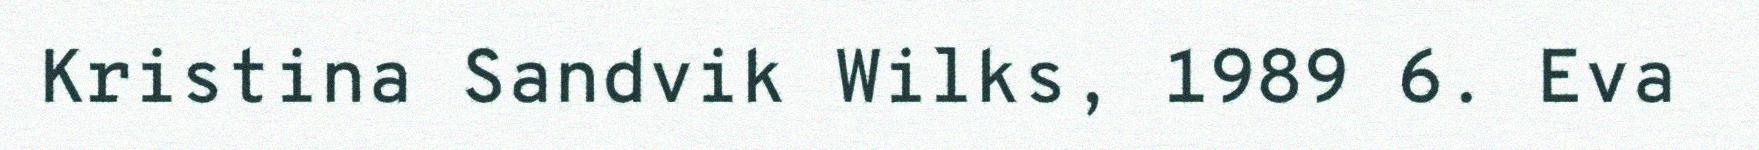
Kristina Sandvik Wilks, 1989 6. Eva